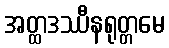
အတ္ထဒဿီနရုတ္တမေ